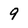
Character: 9